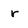
Character: r